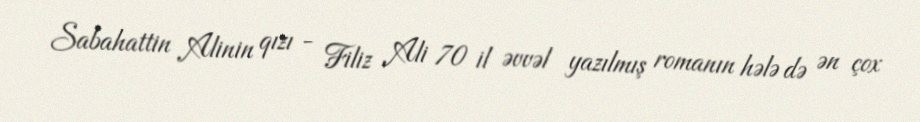
Sabahattin Alinin qızı - Filiz Ali 70 il əvvəl yazılmış romanın hələ də ən çox